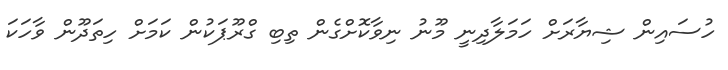
ހުސައިން ޝިޔާރަށް ހަމަލާދިނީ މޫނު ނިވާކޮށްގެން ތިބި ގްރޫޕަކުން ކަމަށް ހިތަދޫން ވާހަކަ